Annual statistical returns and brief notes on vaccination in Bengal - 1896-1909
Year: 1896
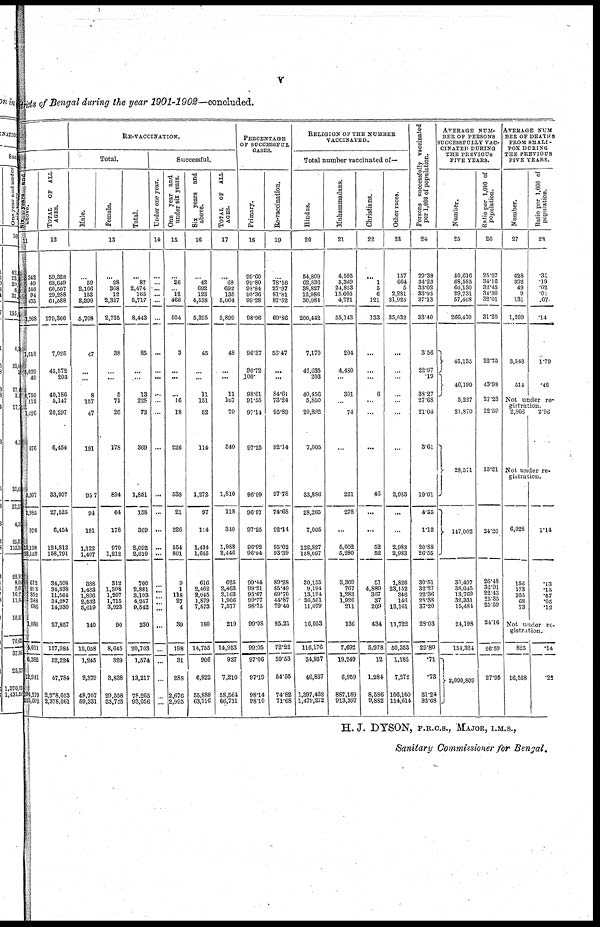
v
districts of Bengal during the year 1901-1902—concluded.
1
Six years and
above.
11
342
49
348
94
435
1,268
1,510
5,029
49
8,150
112
1,426
976
5,307
2,985
976
19,198
28,159
612
893
352
388
686
1,080
4,011
6,382
12,941
194,279
213,602
TOTAL
OF ALL
AGES.
12
59,328
68,649
60,507
29,288
61,588
279,360
7,025
45,572
203
40,186
5,147
20,297
6,454
33,907
27,525
6,454
124,812
158,791
34,508
34,838
11,564
34,287
14,930
27,857
157,984
52,224
47,784
2,278,053
2,378,061
RE-VACCINATION.
Total.
Male.
Female.
Total.
13
...
59
2,106
153
3,890
5,708
47
...
...
8
157
47
191
957
94
191
1,122
1,407
388
1,483
1,896
2,532
5,619
140
12,058
1,245
9,379
48,707
59,331
...
28
368
12
2,327
2,735
38
...
...
5
71
26
178
894
64
178
970
1,212
312
1,398
1,207
1,715
3,923
90
8,645
329
3,838
29,558
33,726
...
87
2,474
165
5,717
8,443
85
...
...
13
228
73
369
1,851
158
369
2,092
2,619
700
2,881
3,103
4,247
9,542
230
20,703
1,574
13,217
78.265
93,056
Successful.
Under one year.
14
...
...
...
...
...
...
...
...
...
...
...
...
...
...
...
...
...
...
...
...
...
...
...
...
...
...
...
...
...
One year and
under six years.
15
...
26
...
12
466
504
3
...
...
...
16
18
226
538
21
226
554
801
9
1
118
27
4
39
198
31
288
2,676
2,995
Six
years and
above.
16
...
42
692
123
4,538
5,395
45
...
...
11
151
52
114
1,272
97
114
1,434
1,645
616
2,462
2,045
1,879
7,573
180
14,755
906
6,922
55,888
63,716
TOTAL OF ALL
AGES.
17
...
63
692
135
5,004
5,899
48
...
...
11
167
70
340
1,810
118
340
1,988
2,446
625
2,463
2,163
1,906
7,577
219
14,953
937
7,210
58,564
66,711
PERCENTAGE
OF SUCCESSFUL
CASES.
Primary.
18
99.60
99.80
98.84
95.36
99.28
98.96
96.37
96.72
100.
98.61
91.55
97.14
97.25
96.09
96.97
97.25
96.92
96.94
99.44
99.21
95.67
99.77
98.75
99.08
99.05
97.06
97.19
98.14
98.10
Re-vaccination.
19
...
78.16
27.97
81.81
87.52
69.86
56.47
...
...
84.61
73.24
95.89
92.14
97.78 ...
92.14
95.02
93.39
89.28
85.49
69.70
44.87
79.40
95.21
72.22
59.53
54.55
74.82
71.68
RELIGION OF THE NUMBER
VACCINATED.
Total number vaccinated of—
Hindus.
20
54,809
62,836
38,827
12,986
30,984
200,442
7,170
42,635
203
40,456
5,850
20,892
7,005
33,886
28,265
7,005
122,827
158,097
30,155
9,194
13,194
36,501
11,079
16,053
116,176
34,937
46,867
1,397,468
1,479,272
Muhammadans.
21
4,595
5,369
24,853
15,605
4,721
55,143
204
4,480
...
301
...
74
...
221
278
...
5,002
5,280
3,369
767
1,283
1,926
211
136
7,692
19,249
6,959
887,189
913,397
Christians.
22
...
1
5
6
121
133
...
...
...
6
...
...
...
46
...
...
52
52
51
4,880
367
37
209
434
5,978
12
1,284
8,586
9,882
Other races.
23
157
664
5
2,281
31,925
35,032
...
...
...
...
...
...
...
2,983
...
...
2,983
2,983
1,826
23,152
346
148
13,161
11,722
50,353
1,182
7,272
106,160
114,614
Persons successfully vaccinated
per 1,000 of population.
24
29.38
34.23
33.02
33.95
37.13
33.40
3.56
22.97
.19
38.27
27.68
21.04
3.61
19.01
4.55
1.12
20.88
26.55
30.51
32.27
22.36
28.38
37.20
28.03
29.80
.71
.73
31.24
32.68
AVERAGE NUM-
BER OF PERSON'S
SUCCES8FULLT VAC-
------- DURING
THE PREVIOUS
FIVE YEARS.
Number.
25
50,616
68,585
60,130
29,731
57,408
266,470
45,135
46,199
5,227
21,870
28,571
147,002
30,497
38,045
13,769
32,331
15,484
24,198
154,324
2,090,809
Ratio per 1,000 of
population.
26
25.07
34.16
32.45
34.30
32.01
31.20
22.75
43.98
27.23
22.59
15.21
24.20
26.43
32.91
22.43
25.35
25.59
24.16
26.59
27.95
AVERAGE NUM-
BER OF DEATHS
FROM SMALL
POX DURING
THE PREVIOUS
FIVE TEARS.
Number.
27
628
392
49
9
131
1,209
3,548
514
Ratio per 1,000 of
population.
28
.31
.19
.02
.01
.07
.14
1.79
.48
Not under re-
gistration.
2,866
2.96
Not under re-
gistration.
6,928
156
173
355
68
73
1.14
.13
.15
.57
.05
.12
Not under re¬
gistration.
825
16,558
.14
.28
H. J. DYSON, F.R.C.S., MAJOR, I.M.S.,
Sanitary Commissioner for Bengal.